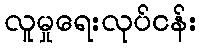
လူမှုရေးလုပ်ငန်း